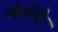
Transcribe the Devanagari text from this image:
कैशिकि